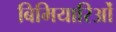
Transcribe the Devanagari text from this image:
बिमियारिओं